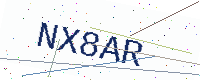
Text: NX8AR